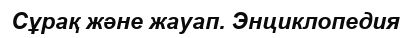
Сұрақ және жауап. Энциклопедия